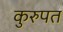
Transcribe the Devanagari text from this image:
कुरुपत